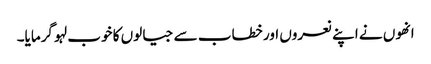
انھوں نے اپنے نعروں اور خطاب سے جیالوں کا خوب لہو گرمایا۔